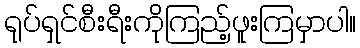
ရုပ်ရှင်စီးရီးကိုကြည့်ဖူးကြမှာပါ။